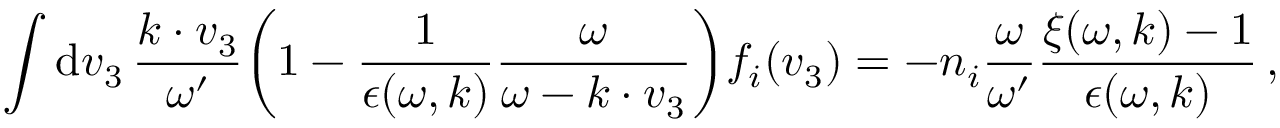
\int \mathrm { d } \boldsymbol { v } _ { 3 } \, \frac { \boldsymbol { k \cdot v } _ { 3 } } { \omega ^ { \prime } } \biggl ( 1 - \frac { 1 } { \epsilon ( \omega , \boldsymbol { k } ) } \frac { \omega } { \omega - \boldsymbol { k \cdot v } _ { 3 } } \biggr ) f _ { i } ( \boldsymbol { v } _ { 3 } ) = - n _ { i } \frac { \omega } { \omega ^ { \prime } } \frac { \xi ( \omega , \boldsymbol { k } ) - 1 } { \epsilon ( \omega , \boldsymbol { k } ) } \, ,